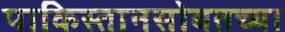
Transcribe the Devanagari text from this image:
पाकिस्तानसोबतच्या